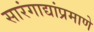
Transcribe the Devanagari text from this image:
सारंगाद्यांप्रमाणे